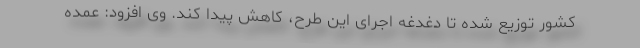
کشور توزیع شده تا دغدغه اجرای این طرح، کاهش پیدا کند. وی افزود: عمده